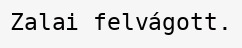
Zalai felvágott.